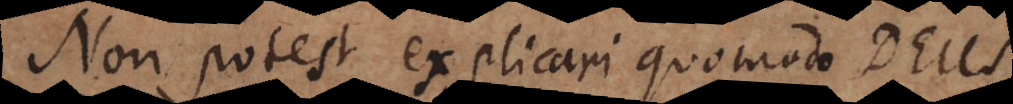
Non potest explicari quomodo Deus